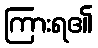
ကြားရ၏